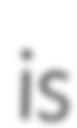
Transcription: is